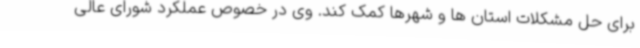
برای حل مشکلات استان ها و شهرها کمک کند. وی در خصوص عملکرد شورای عالی